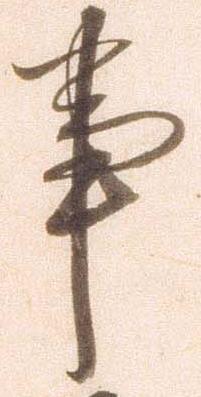
事